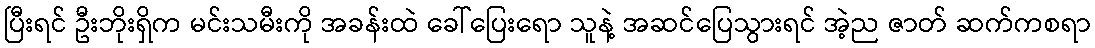
ပြီးရင် ဦးဘိုးရှိက မင်းသမီးကို အခန်းထဲ ခေါ်ပြေးရော သူနဲ့ အဆင်ပြေသွားရင် အဲ့ည ဇာတ် ဆက်ကစရာ